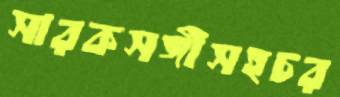
সারকসঙ্গীসহচর